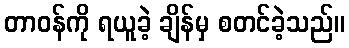
တာဝန်ကို ရယူခဲ့ ချိန်မှ စတင်ခဲ့သည်။